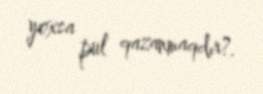
yoxsa pul qazanmaqdır?.